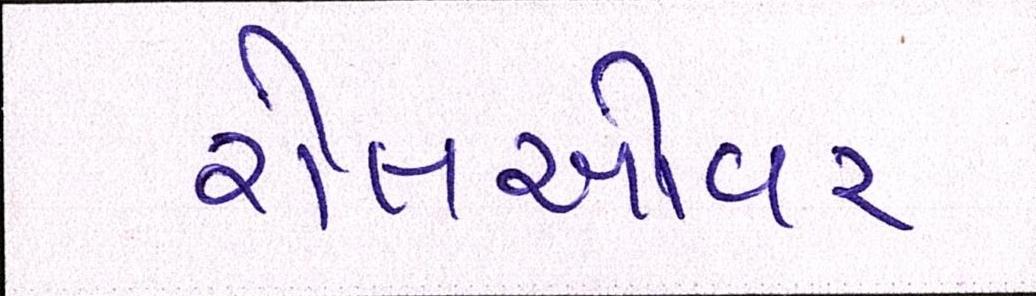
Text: રોલઓવર